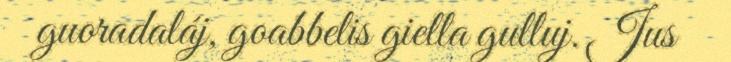
guoradaláj, goabbelis giella gulluj. Jus